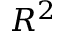
R ^ { 2 }